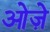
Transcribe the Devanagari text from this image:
ओज़े